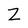
Character: Z